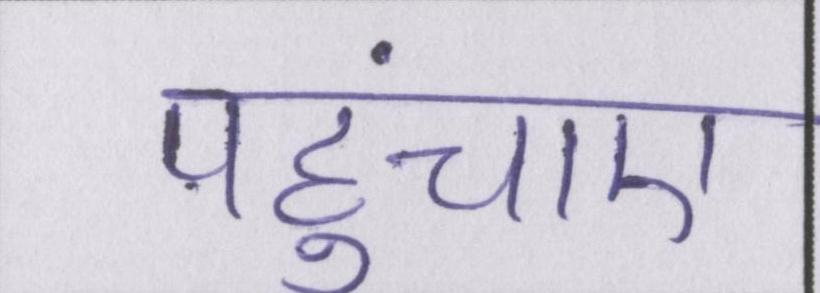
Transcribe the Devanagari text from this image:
पहुंचाए